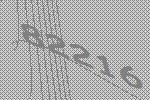
82216